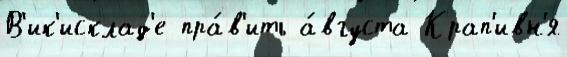
В'ик'исклад'е пра́в'ить а́вгуста Крап'ивн'я